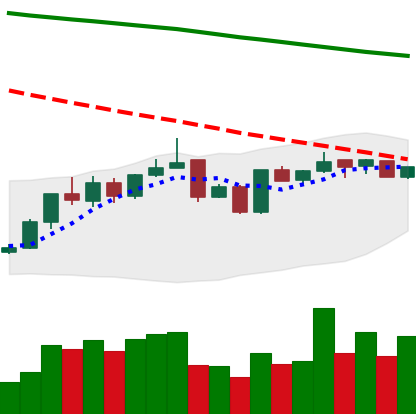
Ticker: BNB-USD
Chart end date: 2019-01-04
Forward return: 9.504%
Label: up_7plus